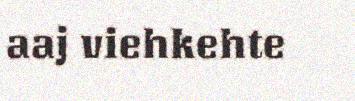
aaj viehkehte